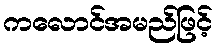
ကလောင်အမည်ဖြင့်